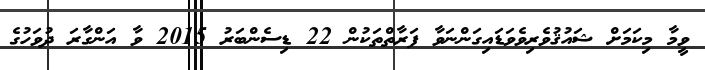
ވީމާ މިކަމަށް ޝައުޤުވެރިވެވަޑައިގަންނަވާ ފަރާތްތަކުން 22 ޑިސެންބަރު 2015 ވާ އަންގާރަ ދުވަހުގެ